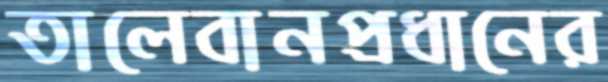
তালেবানপ্রধানের